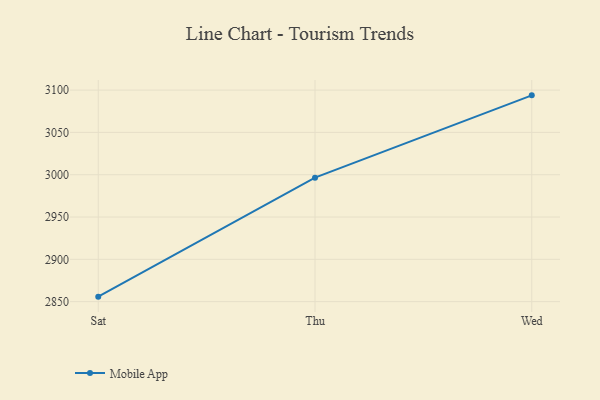
{"axis": {"x": "Day", "y": "Budget (USD K)"}, "legend": ["Mobile App"], "data": [{"x": "Sat", "y": 2855.9, "type": "Mobile App"}, {"x": "Thu", "y": 2996.5, "type": "Mobile App"}, {"x": "Wed", "y": 3093.8, "type": "Mobile App"}]}